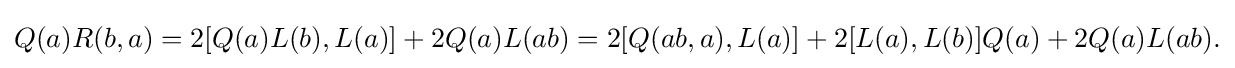
\displaystyle {Q(a)R(b,a)=2[Q(a)L(b),L(a)]+2Q(a)L(ab)=2[Q(ab,a),L(a)]+2[L(a),L(b)]Q(a)+2Q(a)L(ab).}